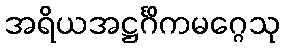
အရိယအဋ္ဌင်္ဂိကမဂ္ဂေသု